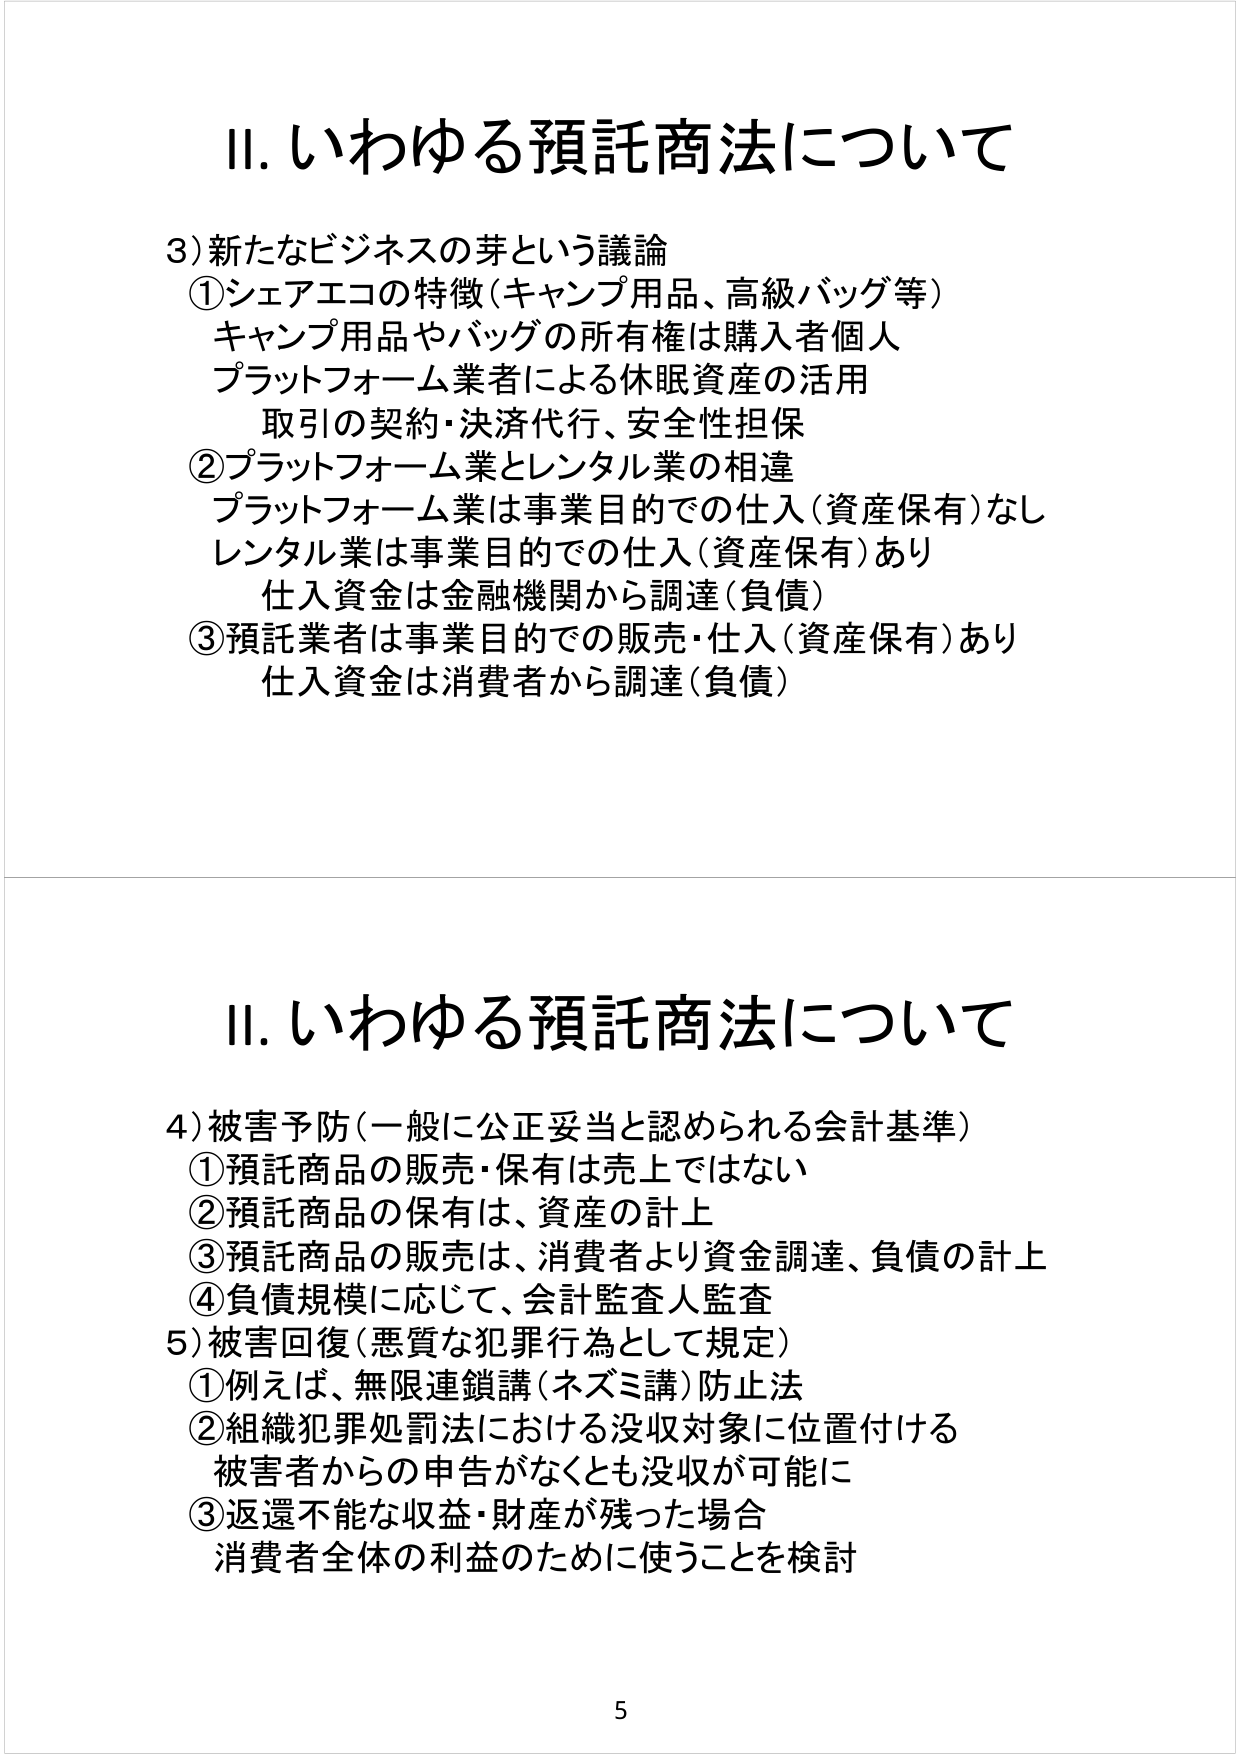
Ⅱ. いわゆる預託商法について

3) 新たなビジネスの芽という議論
① シェアエコの特徴（キャンプ用品、高級バッグ等）
　キャンプ用品やバッグの所有権は購入者個人
　プラットフォーム業者による休眠資産の活用
　取引の契約・決済代行、安全性担保
② プラットフォーム業とレンタル業の相違
　プラットフォーム業は事業目的での仕入（資産保有）なし
　レンタル業は事業目的での仕入（資産保有）あり
　仕入資金は金融機関から調達（負債）
③ 預託業者は事業目的での販売・仕入（資産保有）あり
　仕入資金は消費者から調達（負債）

Ⅱ. いわゆる預託商法について

4) 被害予防（一般に公正妥当と認められる会計基準）
① 預託商品の販売・保有は売上ではない
② 預託商品の保有は、資産の計上
③ 預託商品の販売は、消費者より資金調達、負債の計上
④ 負債規模に応じて、会計監査人監査
5) 被害回復（悪質な犯罪行為として規定）
① 例えば、無限連鎖講（ネズミ講）防止法
② 組織犯罪処罰法における没収対象に位置付ける
　被害者からの申告がなくとも没収が可能に
③ 返還不能な収益・財産が残った場合
　消費者全体の利益のために使うことを検討

5